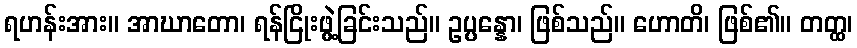
ရဟန်းအား။ အာဃာတော၊ ရန်ငြိုးဖွဲ့ခြင်းသည်။ ဥပ္ပန္နော၊ ဖြစ်သည်။ ဟောတိ၊ ဖြစ်၏။ တတ္ထ၊